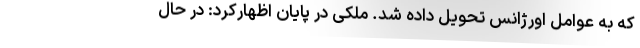
که به عوامل اورژانس تحویل داده شد. ملکی در پایان اظهارکرد: در حال